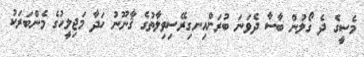
މެސީގެ ދެ ގޯލުން ބާސާ ދެވަނަ ބުރަށްއިނގިރޭސިވިލާތުގެ ޤާނޫނު ހަދާ މަޖިލީހުގެ މެންބަރަކު